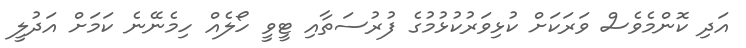
އަދި ކޮންމެވެސް ވަރަަކަށް ކުޅިވަރުކުޅުމުގެ ފުރުސަތާއި ޓީވީ ހޯލެއް ހިމެނޭނެ ކަމަށް އަދުލީ